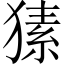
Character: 𤠚